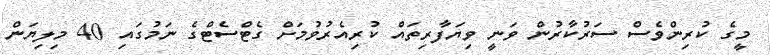
މީގެ ކުރިންވެސް ސަރުކާރުން ވަނީ ވިޔަފާރިތައް ކުރިއެރުވުމަށް ގެޓްސެޓްގެ ނަމުގައި 40 މިލިޔަން